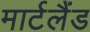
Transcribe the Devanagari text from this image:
मार्टलैंड